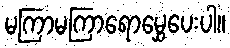
မကြာမကြာရောမွှေပေးပါ။